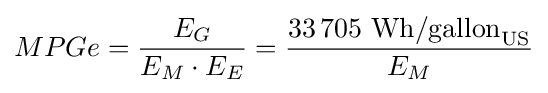
MPGe={\frac {E_{G}}{E_{M}\cdot E_{E}}}={\frac {33\,705{\text{ Wh/gallon}}_{\text{US}}}{E_{M}}}